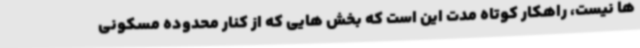
ها نیست، راهکار کوتاه مدت این است که بخش هایی که از کنار محدوده مسکونی